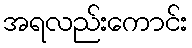
အရလည်းကောင်း